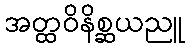
အတ္ထဝိနိစ္ဆယညူ